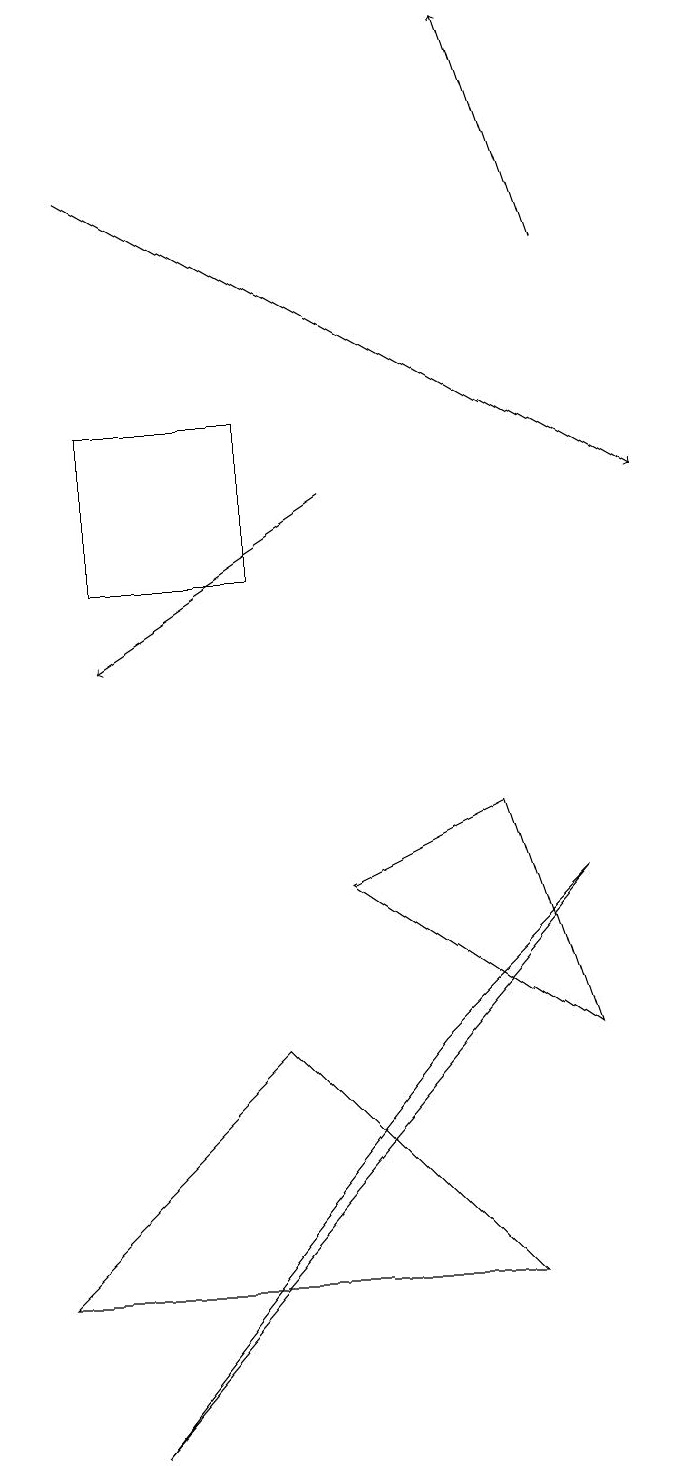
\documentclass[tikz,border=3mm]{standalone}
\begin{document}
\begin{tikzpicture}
\draw (1,3) -- (4,6) -- (7,3) -- cycle;
\draw (8,6) -- (5,8) -- (7,9) -- cycle;
\draw[->] (2,17) -- (9,13);
\draw (2,1) -- (6,6) -- (8,8) -- cycle;
\draw (4,12) rectangle (2,14);
\draw[->] (5,13) -- (2,11);
\draw[->] (8,16) -- (7,19);
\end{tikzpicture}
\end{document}